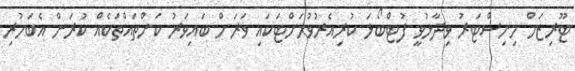
ޓޫރިޒަމް މިނިސްޓަރު ވިދާޅުވީ ފުޓްބޯޅަ ކުރިއެރުވުމަށްޓަކައި ވަރަށް ބައިވަރު ކަންތައްތަކެއް ކުރަން އެބަހުރި